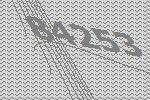
84253